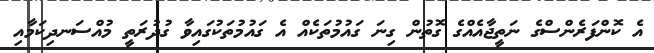
އެ ކޮންފަރެންސްގެ ނަތީޖާއެއްގެ ގޮތުން ގިނަ ގައުމުތަކެއް އެ ގައުމުތަކުގައިވާ ގުދުރަތީ މުއްސަނދިކަމާއި